Bombay plague: being a history of the progress of plague in the Bombay presidency from September 1896 to June 1899
Year: 1896
Disease focus: Plague
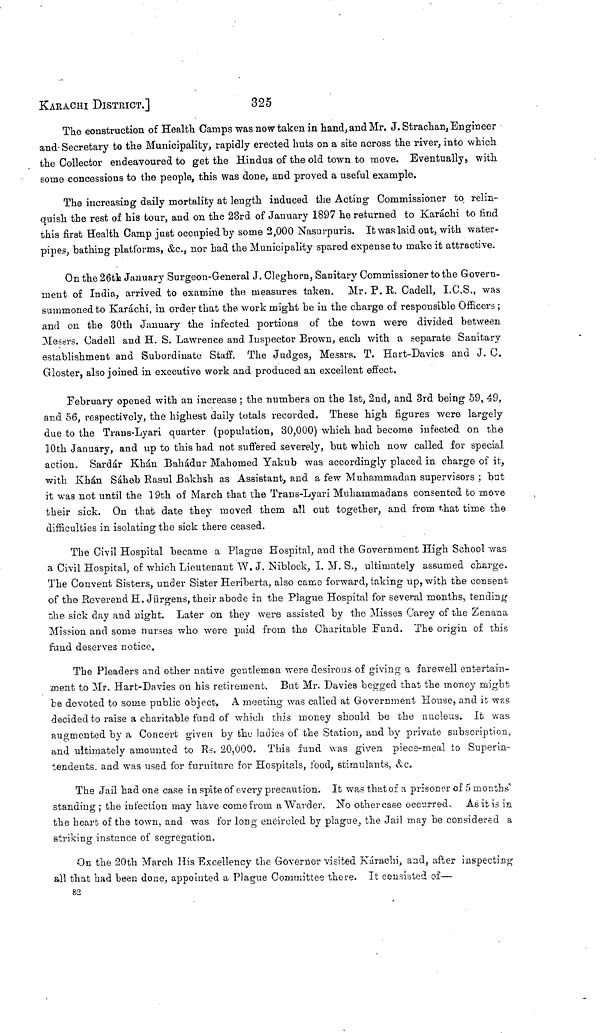
KARACHI DISTRICT.]
325
The construction of Healtli Camps was now taken in hand, and Mr. J. Strachan, Engineer
and Secretary to the Municipality, rapidly erected huts on a site across the river, into which
the Collector endeavoured to get the Hindus of the old town to move. Eventually, with
some concessions to the people, this was done, and proved a useful example.
The increasing daily mortality at length induced the Acting Commissioner to relin-
quish the rest of his tour, and on the 23rd of January 1897 he returned to Karachi to find
this first Health Camp just occupied by some 2,000 Nasurpuris. It was laid out, with water-
pipes, bathing platforms, &c., nor had the Municipality spared expense to mate it attractive.
On the 26th January Surgeon-General J. Cleghorn, Sanitary Commissioner to the Govern-
ment of India, arrived to examine the measures taken. Mr. P. R. Cadell, I.C.S., was
summoned to Karáchi, in order that the work might be in the charge of responsible Officers ;
and on the 30th January the infected portions of the town were divided between.
Messrs. Cadell and H. S. Lawrence and Inspector Brown, each with a separate Sanitary
establishment and Subordinate Staff. The Judges, Messrs. T. Hart-Davies and J. C.
Gloster, also joined in executive work and produced an excellent effect.
February opened with an increase ; the numbers on the 1st, 2nd, and 3rd being 59, 49,
and 56, respectively, the highest daily totals recorded. These high figures were largely
due to the Trans-Lyari quarter (population, 30,000) which had become infected on the
10th January, and up to this had not suffered severely, but which now called for special
action. Sardár Khán Bahádur Mahomed Yakub was accordingly placed in charge of it,
with Khán Sáheb Rasul Bakhsh as Assistant, and a few Muhammadan supervisors ; but
it was not until the 19th of March that the Trans-Lyari Muhammadans consented to move
their sick. On that date they moved them all out together, and from that time the
difficulties in isolating the sick there ceased.
The Civil Hospital became a Plague Hospital, and the Government High School was
a Civil Hospital, of which Lieutenant W. J. Niblock, I. M. S., ultimately assumed charge.
The Convent Sisters, under Sister Heriberta, also came forward, taking up, with the consent,
of the Reverend H. Jürgens, their abode in the Plague Hospital for several months, tending
the sick day and night. Later on they were assisted by the Misses Carey of the Zenana
Mission and some nurses who were paid from the Charitable Fund. The origin of this
fund deserves notice.
The Pleaders and other native gentlemen were desirous of giving a farewell entertain-
ment to Mr. Hart-Davies on his retirement. Bat Mr. Davies begged that the money might
be devoted to some public object. A meeting was called at Government House, and it was
decided to raise a charitable fund of which this money should be the nucleus. It was
augmented by a Concert given by the ladies of the Station, and by private subscription,
and ultimately amounted to Rs. 20,000. This fund was given piece-meal to Superin-
tendents, and was used for furniture for Hospitals, food, stimulants, &c.
The Jail had one case in spite of every precaution. It was that of a prisoner of 5 months'
standing ; the infection may have come from a Warder. No other case occurred. As it is in
the heart of the town, and was for long encircled by plague, the Jail may be considered a
striking instance of segregation.
On the 20th March His Excellency the Governor visited Karachi, and, after inspecting
all that had been done, appointed a Plague Committee there. It consisted of—
82